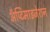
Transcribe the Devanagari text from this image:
ॲप्टिमाइजेशन